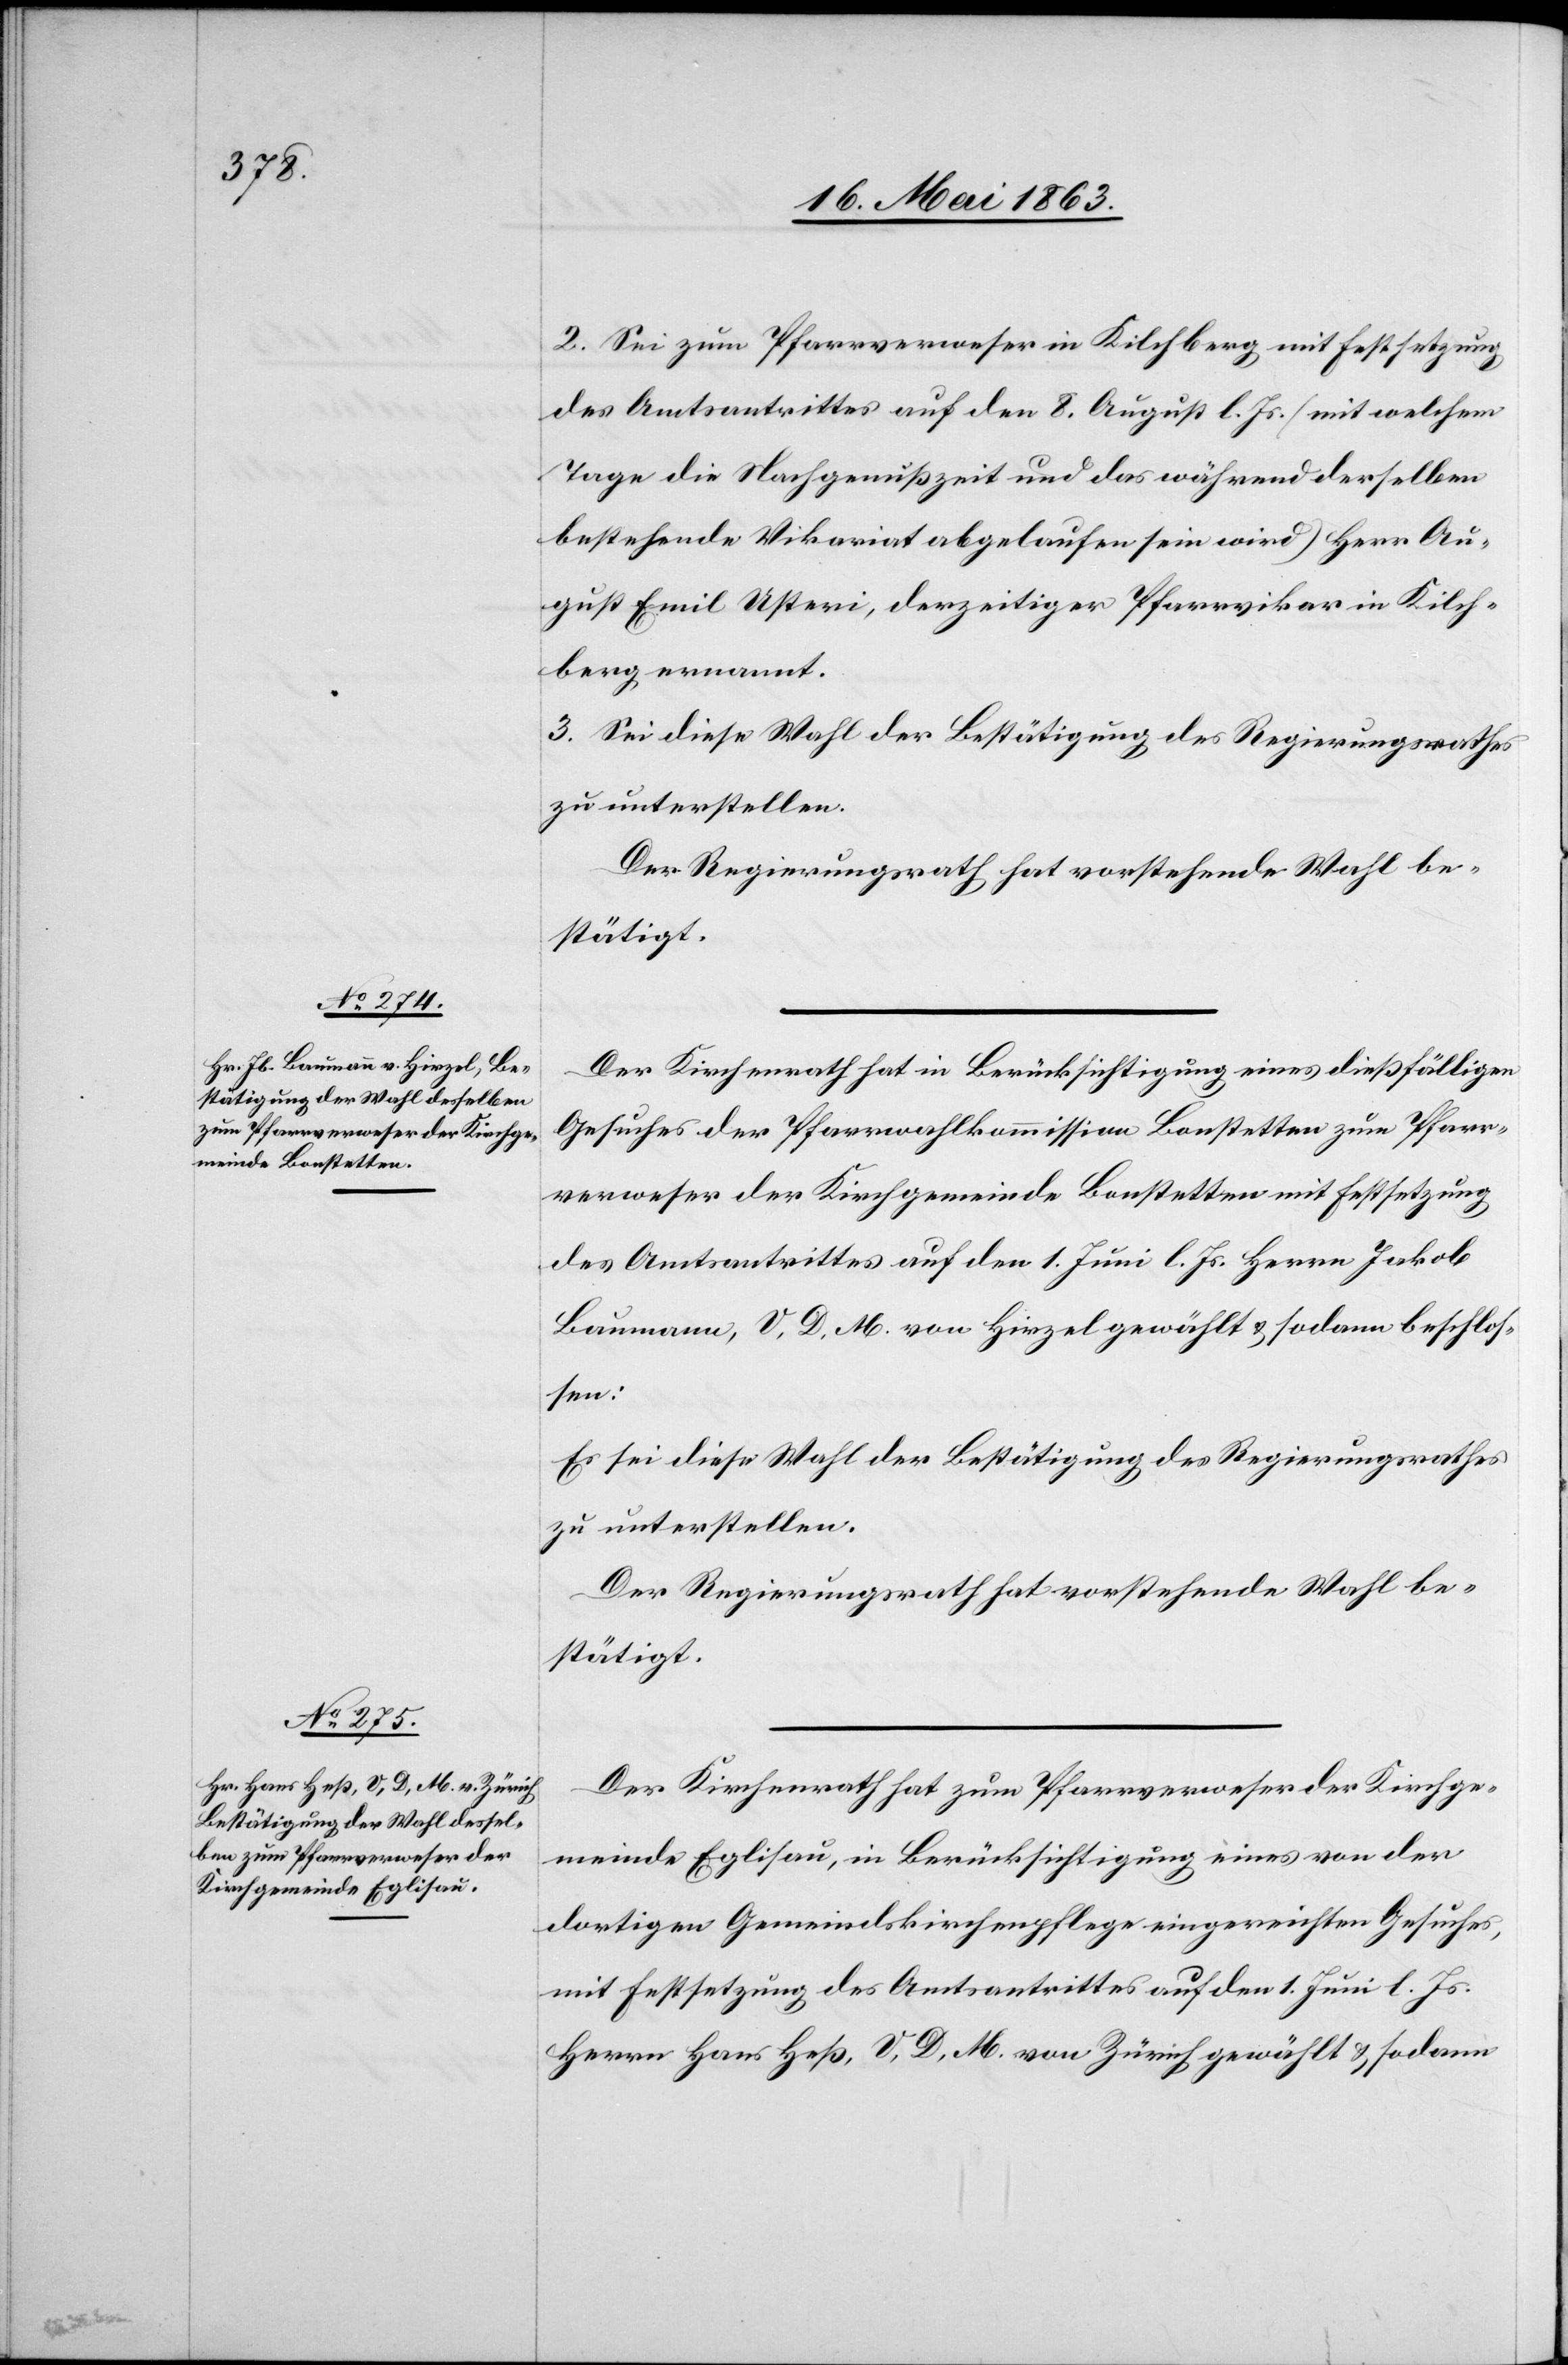
2. Sei zum Pfarrverweser in Kilchberg mit Festsetzung
des Amtsantrittes auf den 8. August l. Js. (mit welchem
Tage die Nachgenußzeit und das während derselben
bestehende Vikariat abgelaufen sein wird) Herr Au¬
gust Emil Usteri, derzeitiger Pfarrvikar in Kilch¬
berg ernannt.
3. Sei diese Wahl der Bestätigung des Regierungsrathes
zu unterstellen.
Der Regierungsrath hat vorstehende Wahl be¬
stätigt.
Der Kirchenrath hat in Berücksichtigung eines dießfälligen
Gesuches der Pfarrwahlkommission Bonstetten zum Pfarr¬
verweser der Kirchgemeinde Bonstetten mit Festsetzung
des Amtsantrittes auf den 1. Juni l. Js. Herrn Jakob
Baumann, V. D. M. von Hirzel gewählt & sodann beschlos¬
sen:
Es sei diese Wahl der Bestätigung des Regierungsrathes
zu unterstellen.
Der Regierungsrath hat vorstehende Wahl be¬
stätigt.
Der Kirchenrath hat zum Pfarrverweser der Kirchge¬
meinde Eglisau, in Berücksichtigung eines von der
dortigen Gemeindskirchenpflege eingereichten Gesuches,
mit Festsetzung des Amtsantrittes auf den 1. Juni l. Js.
Herrn Hans Heß, V. D. M. von Zürich gewählt & sodann